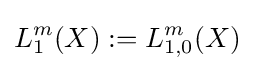
L_{1}^{m}(X):=L_{1,0}^{m}(X)